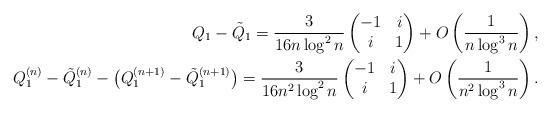
LaTeX: \begin{align*}Q_1 - \tilde{Q}_1 = \frac{3}{16 n \log^2n} \left(\begin{matrix}-1 & i \\i & 1\end{matrix}\right) + O\left(\frac{1}{n\log^3n}\right),\\Q_1^{(n)} - \tilde{Q}_1^{(n)} - \big(Q_1^{(n+1)} - \tilde{Q}_1^{(n+1)}\big) = \frac{3}{16 n^2 \log^2n} \left(\begin{matrix}-1 & i \\i & 1\end{matrix}\right) + O\left(\frac{1}{n^2\log^3n}\right).\end{align*}